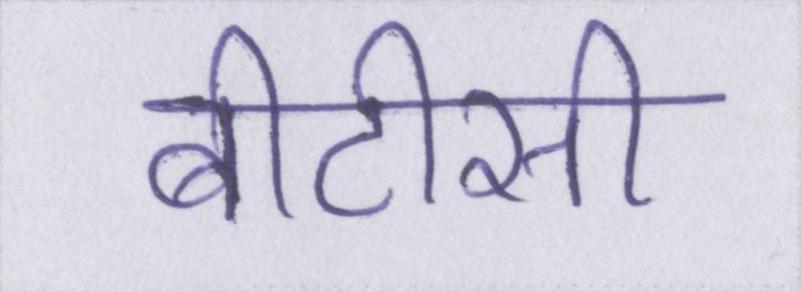
बीटीसी